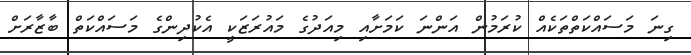
ގިނަ މަސައްކަތްތަކެއް ކުރަމުން އަންނަ ކަމަށާއި މިއަދުގެ މައުރަޒަކީ އެކުދިންގެ މަސައްކަތް ބާޒާރަށް